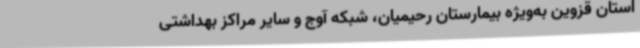
استان قزوین به‌ویژه بیمارستان رحیمیان، شبکه آوج و سایر مراکز بهداشتی